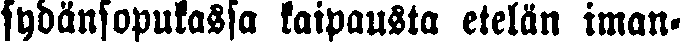
sydänsopukassa kaipausta etelän iman-